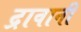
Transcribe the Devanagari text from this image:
द्रावानी